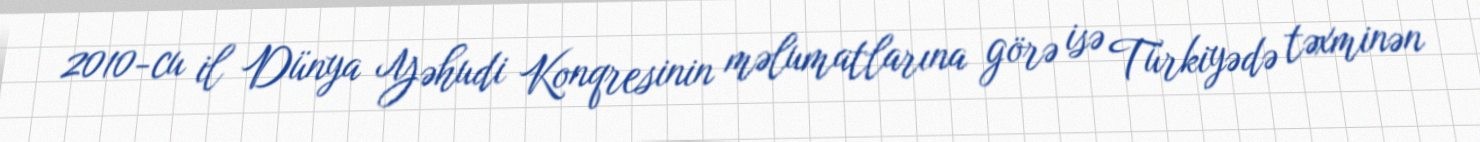
2010-cu il Dünya Yəhudi Konqresinin məlumatlarına görə isə Türkiyədə təxminən